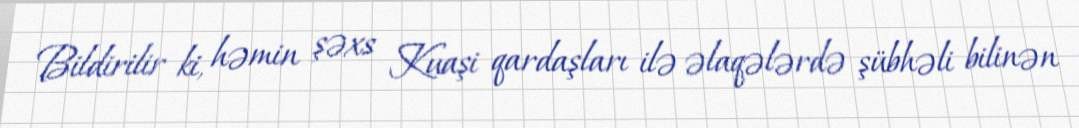
Bildirilir ki, həmin şəxs Kuaşi qardaşları ilə əlaqələrdə şübhəli bilinən